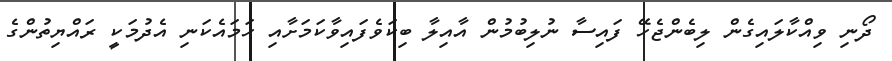
ދޯނި ވިއްކާލައިގެން ލިބެންޖެހޭ ފައިސާ ނުލިބުމުން އާއިލާ ބިކަވެފައިވާކަމަށާއި ހަމައެކަނި އެދުމަކީ ރައްޔިތުންގެ